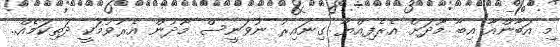
މި އަބާންއާ އިބާ މޫދަށް އެރެފިއްޔާ ގިނައިރު ނުވަނީސް މޫދުން އެރުވުމަކީ ދަތިކަމެއް..